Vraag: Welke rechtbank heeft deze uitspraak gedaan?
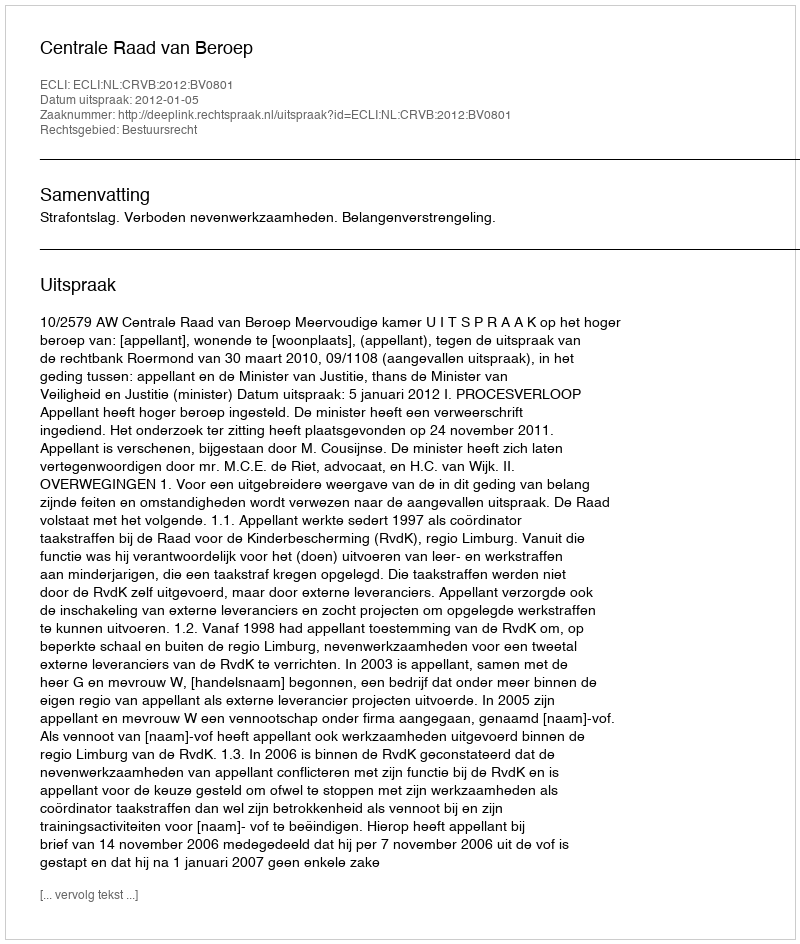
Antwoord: Centrale Raad van Beroep